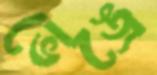
ভেঙ্রে